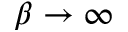
\beta \rightarrow \infty